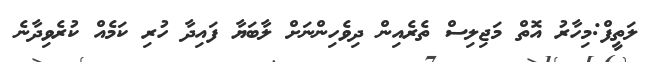
ލަތީފް:މިހާރު އޮތް މަޖިލިސް ތެރެއިން ދިވެހިންނަށް ލާބަޔާ ފައިދާ ހުރި ކަމެއް ކުރެވިދާނެ